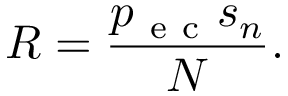
R = \frac { p _ { \mathrm { ~ e ~ c ~ } } s _ { n } } { N } .